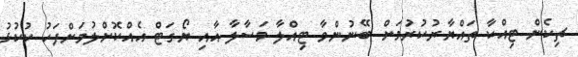
ޗިކެން ޓިއްކާ ތައްޔާރުކުރުމަށް ބޭނުންވާ ޓިއްލާ މަސާލާ އާއި ޔޯގަޓް އެއްކޮށްލުމަށްފަހު ކުކުޅު